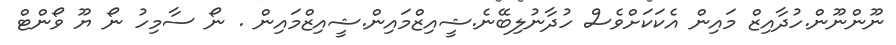
ނޫންނޫން.ހުދާއިޒް މައިން އެކަކަށްވެސް ހުދާނުލިބޭނެ.ޝީއިޒްމައިން.ޝީއިޒްމައިން . ނޯ ސާމިހު ނޯ ޔޫ ވޯންޓް